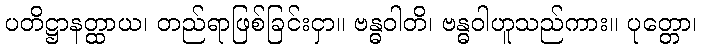
ပတိဋ္ဌာနတ္ထာယ၊ တည်ရာဖြစ်ခြင်းငှာ။ ဗန္ဓဝါတိ၊ ဗန္ဓဝါဟူသည်ကား။ ပုတ္တော၊